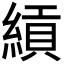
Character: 𬗯